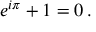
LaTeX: \displaystyle e ^ { i \pi } + 1 = 0 \, .